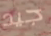
جيد